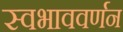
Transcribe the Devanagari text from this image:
स्वभाववर्णन